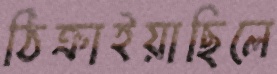
ঠিক্‌রাইয়াছিলে